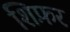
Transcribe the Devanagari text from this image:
शिफ़र